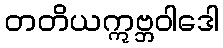
တတိယဣဗ္ဘဝါဒေါ